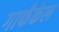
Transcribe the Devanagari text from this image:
गार्फंकेल